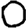
Digit: 0